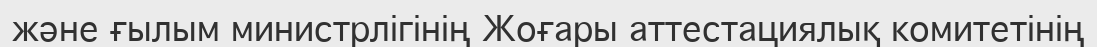
және ғылым министрлігінің Жоғары аттестациялық комитетінің